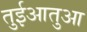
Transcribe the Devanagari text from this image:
तुईआतुआ